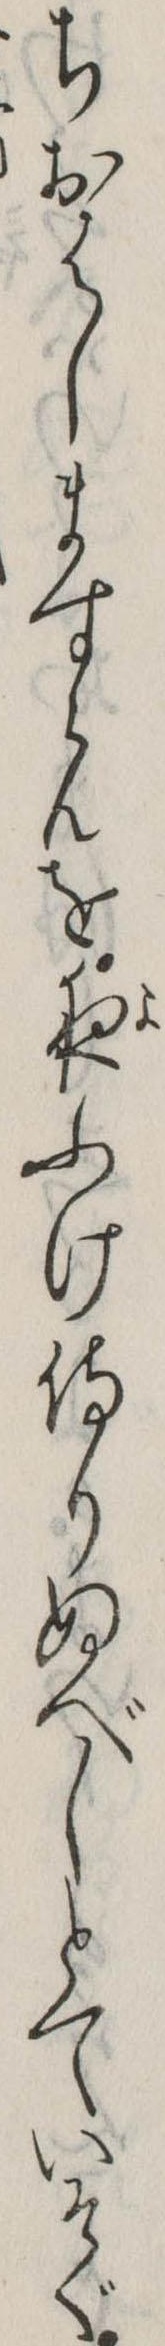
ちおはしますらんを夜ふけ侍りぬべしとていそぐ